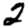
Digit: 2